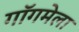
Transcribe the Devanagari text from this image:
गॉगमेला